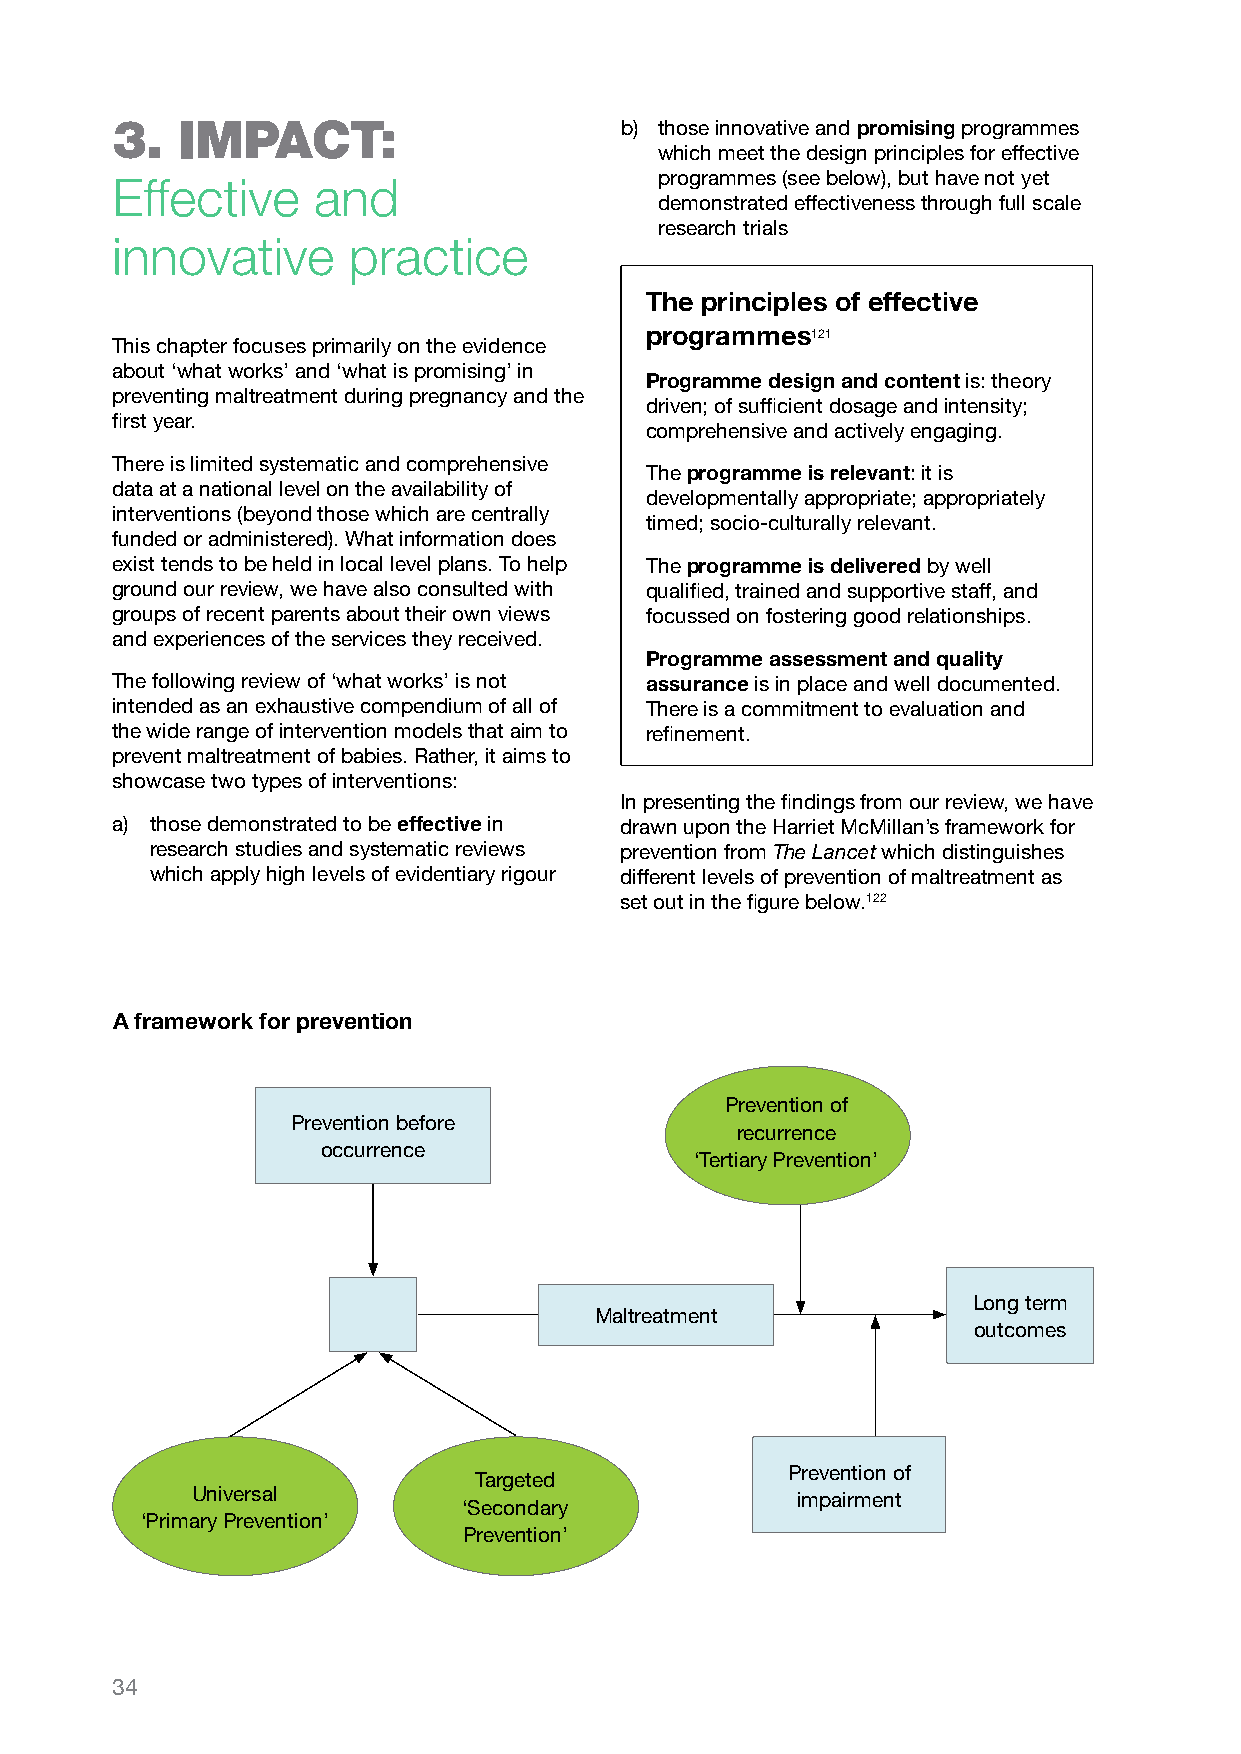
3.   iMPact:                      b) those innovative and promising programmes
 which meet the design principles for effective
 programmes (see below), but have not yet
 Effective     and
 demonstrated effectiveness through full scale
 research trials
 innovative      practice
 The principles of effective
 programmes121
 This chapter focuses primarily on the evidence
 about ‘what works’ and ‘what is promising’ in
 Programme design and content is: theory
 preventing maltreatment during pregnancy and the
 driven; of sufficient dosage and intensity;
 first year.
 comprehensive and actively engaging.
 There is limited systematic and comprehensive
 The programme is relevant: it is
 data at a national level on the availability of
 developmentally appropriate; appropriately
 interventions (beyond those which are centrally
 timed; socio-culturally relevant.
 funded or administered). What information does
 exist tends to be held in local level plans. To help The programme is delivered by well
 ground our review, we have also consulted with qualified, trained and supportive staff, and
 groups of recent parents about their own views focussed on fostering good relationships.
 and experiences of the services they received.
 Programme assessment and quality
 The following review of ‘what works’ is not assurance is in place and well documented.
 intended as an exhaustive compendium of all of There is a commitment to evaluation and
 the wide range of intervention models that aim to refinement.
 prevent maltreatment of babies. Rather, it aims to
 showcase two types of interventions:
 In presenting the findings from our review, we have
 a) those demonstrated to be effective in drawn upon the Harriet McMillan’s framework for
 research studies and systematic reviews prevention from The Lancet which distinguishes
 which apply high levels of evidentiary rigour different levels of prevention of maltreatment as
 set out in the figure below.122
 A framework for prevention
 Prevention of
 Prevention before
 recurrence
 occurrence
 ‘Tertiary Prevention’
 Long term
 Maltreatment
 outcomes
 Prevention of
 Targeted
 Universal                               impairment
 ‘Secondary
 ‘Primary Prevention’
 Prevention’
 34